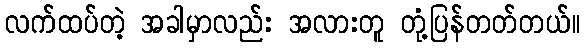
လက်ထပ်တဲ့ အခါမှာလည်း အလားတူ တုံ့ပြန်တတ်တယ်။